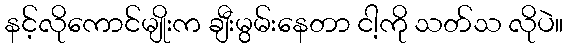
နင့်လိုကောင်မျိုးက ချီးမွမ်းနေတာ ငါ့ကို သတ်သ လိုပဲ။